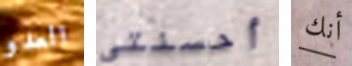
العدو أحسنتي أنك